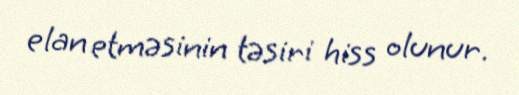
elan etməsinin təsiri hiss olunur.